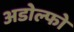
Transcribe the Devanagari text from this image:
अडोल्फो